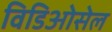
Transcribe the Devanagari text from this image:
विडिओसेल